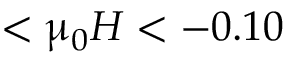
< \upmu _ { 0 } H < - 0 . 1 0